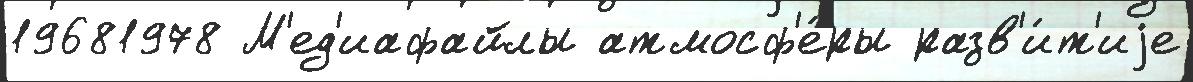
19681978 М'ед'иафайлы атмосф'е́ры разв'и́т'иjе